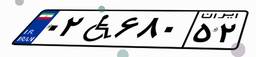
۳۹W۱۸۸۹۰